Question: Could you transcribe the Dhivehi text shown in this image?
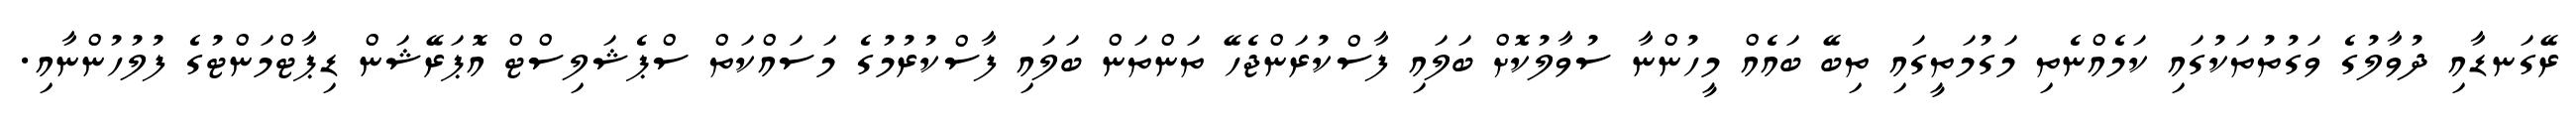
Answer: ރޭގަނޑާއި ދުވާލުގެ ވަގުތުތަކުގައި ކަމެއްނެތި މަގުމަތީގައި ތިބޭ ބައެއް މީހުންނާ ސުވާލުކޮށް ބަލައި ފާސްކުރަންޖެހޭ ތަންތަން ބަލައި ފާސްކުރުމުގެ މަސައްކަތް ސްޕެޝަލިސްޓް އޮޕަރޭޝަން ޑިޕާޓްމަންޓުގެ ފުލުހުންނާއި.